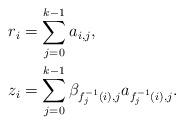
LaTeX: \begin{align*}r_i &= \sum_{j=0}^{k-1} {a}_{i,j}, \\z_i &= \sum_{j=0}^{k-1} \beta_{f_j^{-1}(i),j} {a}_{f_j^{-1}(i),j}.\end{align*}